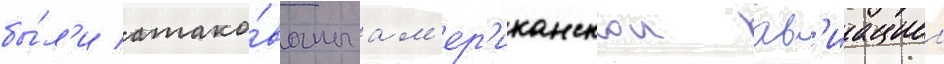
бы́л'и атако́ваны ам'ер'иканскои ав'иациеи